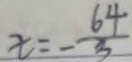
x = - \frac { 6 4 } { 3 }